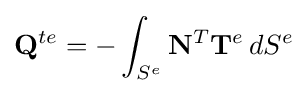
\mathbf {Q} ^{te}=-\int _{S^{e}}\mathbf {N} ^{T}\mathbf {T} ^{e}\,dS^{e}